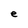
Character: e